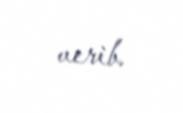
verib.